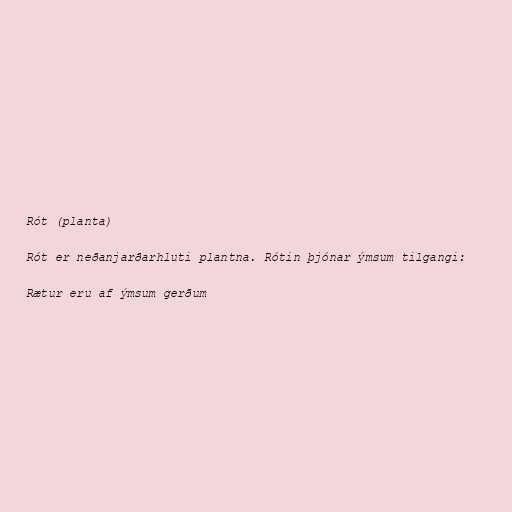
Rót (planta)

Rót er neðanjarðarhluti plantna. Rótin þjónar ýmsum tilgangi:

Rætur eru af ýmsum gerðum